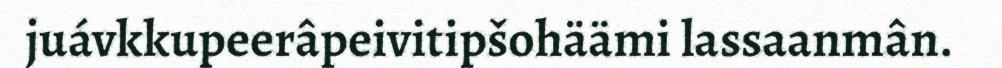
juávkkupeerâpeivitipšohäämi lassaanmân.